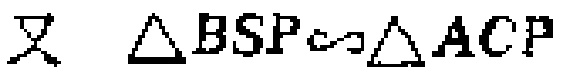
又 $\triangle BSP\sim\triangle ACP$